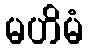
မဟိမံ